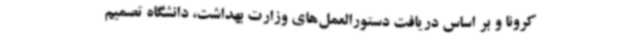
کرونا و بر اساس دریافت دستورالعمل‌های وزارت بهداشت، دانشگاه تصمیم